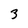
Character: 3